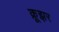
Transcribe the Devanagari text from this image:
क्रूझर